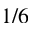
1 / 6